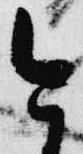
今